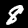
Label: 8